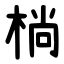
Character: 㭻